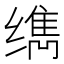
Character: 𰬹